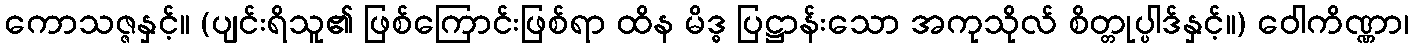
ကောသဇ္ဇနှင့်။ (ပျင်းရိသူ၏ ဖြစ်ကြောင်းဖြစ်ရာ ထိန မိဒ္ဓ ပြဋ္ဌာန်းသော အကုသိုလ် စိတ္တုပ္ပါဒ်နှင့်။) ဝေါကိဏ္ဏာ၊